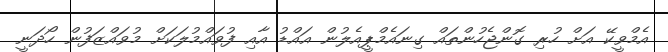
އެމްވީކޭ އަށް ހުރި ގޮންޖެހުންތައް ގިނައެމްޕީއެލުން އައްޑު އާއި ފުވައްމުލަކަށް މުވައްޒަފުން ހޯދަނީ